Civil Veterinary Dept. North-West Frontier Province 1923-32 - 1923-1932
Year: 1923
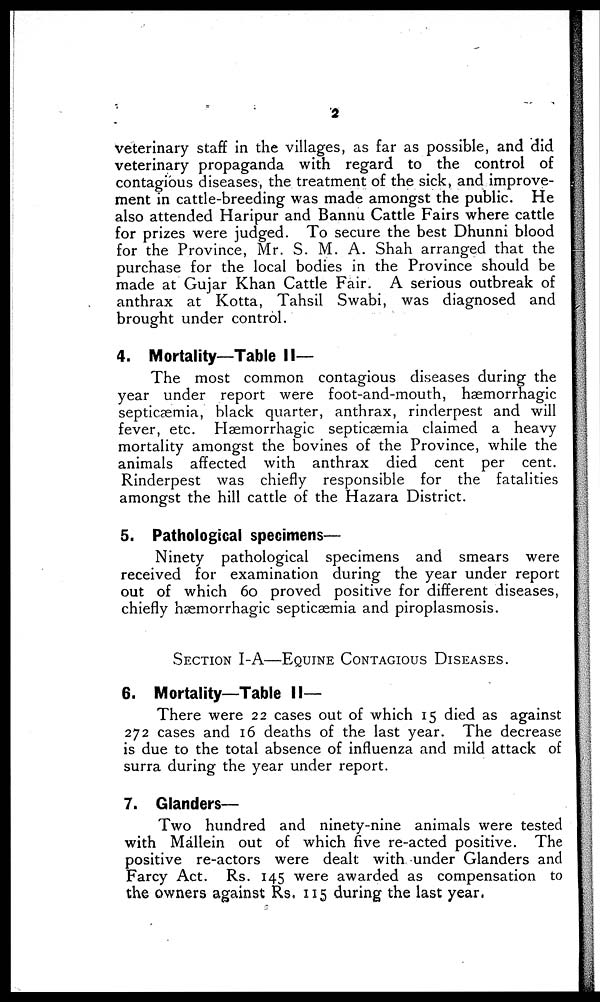
2
veterinary staff in the villages, as far as possible, and did
veterinary propaganda with regard to the control of
contagious diseases, the treatment of the sick, and improve-
ment in cattle-breeding was made amongst the public. He
also attended Haripur and Bannu Cattle Fairs where cattle
for prizes were judged. To secure the best Dhunni blood
for the Province, Mr. S. M. A. Shah arranged that the
purchase for the local bodies in the Province should be
made at Gujar Khan Cattle Fair. A serious outbreak of
anthrax at Kotta, Tahsil Swabi, was diagnosed and
brought under control.
4. Mortality—Table II—
The most common contagious diseases during the
year under report were foot-and-mouth, hæmorrhagic
septicæmia, black quarter, anthrax, rinderpest and will
fever, etc. Hæmorrhagic septicæmia claimed a heavy
mortality amongst the bovines of the Province, while the
animals affected with anthrax died cent per cent.
Rinderpest was chiefly responsible for the fatalities
amongst the hill cattle of the Hazara District.
5. Pathological specimens—
Ninety pathological specimens and smears were
received for examination during the year under report
out of which 60 proved positive for different diseases,
chiefly hæmorrhagic septicæmia and piroplasmosis.
SECTION I-A—EQUINE CONTAGIOUS DISEASES.
6. Mortality—Table II—
There were 22 cases out of which 15 died as against
272 cases and 16 deaths of the last year. The decrease
is due to the total absence of influenza and mild attack of
surra during the year under report.
7. Glanders—
Two hundred and ninety-nine animals were tested
with Mállein out of which five re-acted positive. The
positive re-actors were dealt with under Glanders and
Farcy Act. Rs. 145 were awarded as compensation to
the owners against Rs. 115 during the last year.